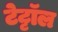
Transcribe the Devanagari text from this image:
टेट्टॉल